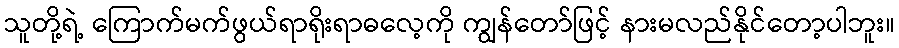
သူတို့ရဲ့ ကြောက်မက်ဖွယ်ရာရိုးရာဓလေ့ကို ကျွန်တော်ဖြင့် နားမလည်နိုင်တော့ပါဘူး။